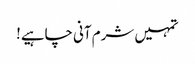
تمہیں شرم آنی چاہیے!